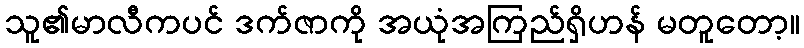
သူ၏မာလီကပင် ဒက်ဇာကို အယုံအကြည်ရှိဟန် မတူတော့။